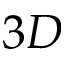
3 D